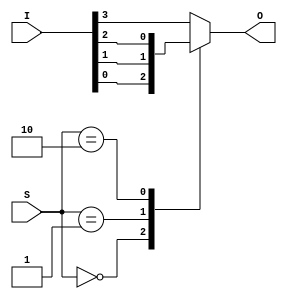
module MUX_case (
    input [3:0] I,  // The 4 inputs.
    input [1:0] S,  // The select lines.
    output reg O    // The output.
);
    always @* begin
        case (S)
            0: O = I[0];        // S = 00
            1: O = I[1];        // S = 01
            2: O = I[2];        // S = 10
            default: O = I[3];  // S = 11
        endcase
    end
endmodule